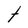
Character: t